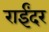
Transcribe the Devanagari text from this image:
राईंदर